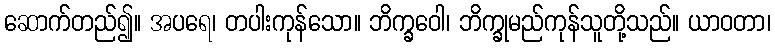
ဆောက်တည်၍။ အပရေ၊ တပါးကုန်သော။ ဘိက္ခဝေါ၊ ဘိက္ခုမည်ကုန်သူတို့သည်။ ယာဝတာ၊